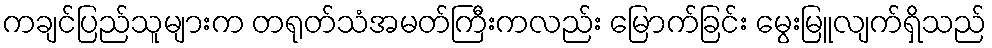
ကချင်ပြည်သူများက တရုတ်သံအမတ်ကြီးကလည်း မြောက်ခြင်း မွေးမြူလျက်ရှိသည်